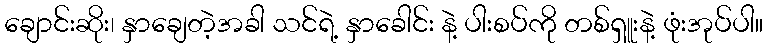
ချောင်းဆိုး၊ နှာချေတဲ့အခါ သင်ရဲ့ နှာခေါင်း နဲ့ ပါးစပ်ကို တစ်ရှူးနဲ့ ဖုံးအုပ်ပါ။